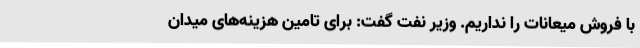
با فروش میعانات را نداریم. وزیر نفت گفت: برای تامین هزینه‌های میدان